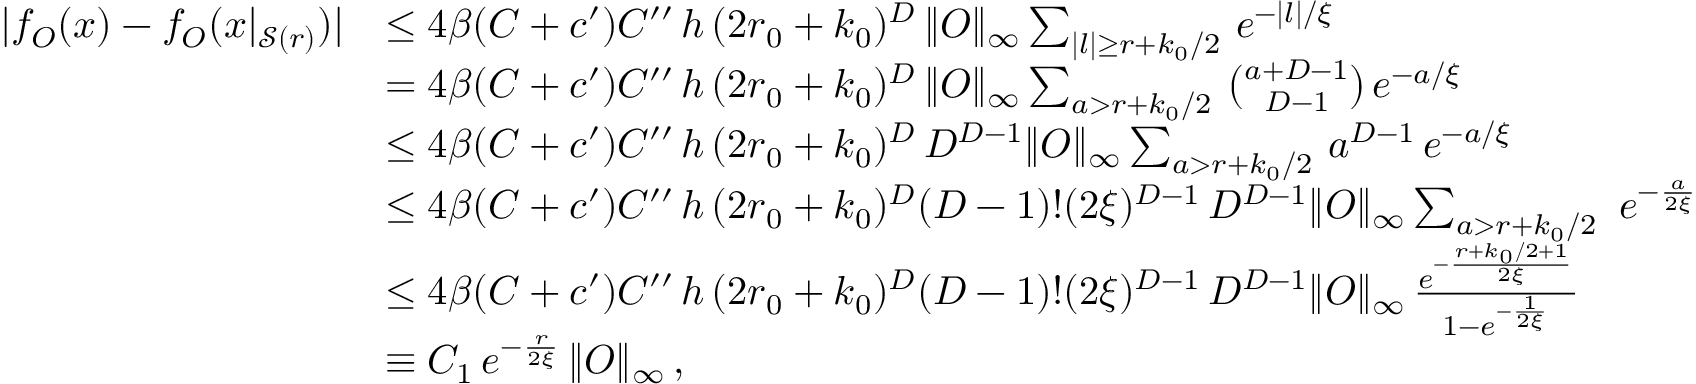
\begin{array} { r l } { | f _ { O } ( x ) - f _ { O } ( x | _ { \mathcal { S } ( r ) } ) | } & { \le 4 \beta ( C + c ^ { \prime } ) C ^ { \prime \prime } \, h \, ( 2 r _ { 0 } + k _ { 0 } ) ^ { D } \, \| O \| _ { \infty } \sum _ { | l | \ge r + k _ { 0 } / 2 } \, e ^ { - | l | / \xi } } \\ & { = 4 \beta ( C + c ^ { \prime } ) C ^ { \prime \prime } \, h \, ( 2 r _ { 0 } + k _ { 0 } ) ^ { D } \, \| O \| _ { \infty } \sum _ { a > r + k _ { 0 } / 2 } \, \binom { a + D - 1 } { D - 1 } \, e ^ { - a / \xi } } \\ { \ } & { \le 4 \beta ( C + c ^ { \prime } ) C ^ { \prime \prime } \, h \, ( 2 r _ { 0 } + k _ { 0 } ) ^ { D } \, D ^ { D - 1 } \| O \| _ { \infty } \sum _ { a > r + k _ { 0 } / 2 } \, a ^ { D - 1 } \, e ^ { - a / \xi } } \\ & { \le 4 \beta ( C + c ^ { \prime } ) C ^ { \prime \prime } \, h \, ( 2 r _ { 0 } + k _ { 0 } ) ^ { D } ( D - 1 ) ! ( 2 \xi ) ^ { D - 1 } \, D ^ { D - 1 } \| O \| _ { \infty } \sum _ { a > r + k _ { 0 } / 2 } \, \, e ^ { - \frac { a } { 2 \xi } } } \\ & { \le 4 \beta ( C + c ^ { \prime } ) C ^ { \prime \prime } \, h \, ( 2 r _ { 0 } + k _ { 0 } ) ^ { D } ( D - 1 ) ! ( 2 \xi ) ^ { D - 1 } \, D ^ { D - 1 } \| O \| _ { \infty } \, \frac { e ^ { - \frac { r + k _ { 0 } / 2 + 1 } { 2 \xi } } } { 1 - e ^ { - \frac { 1 } { 2 \xi } } } } \\ & { \equiv C _ { 1 } \, e ^ { - \frac { r } { 2 \xi } } \, \| O \| _ { \infty } \, , } \end{array}